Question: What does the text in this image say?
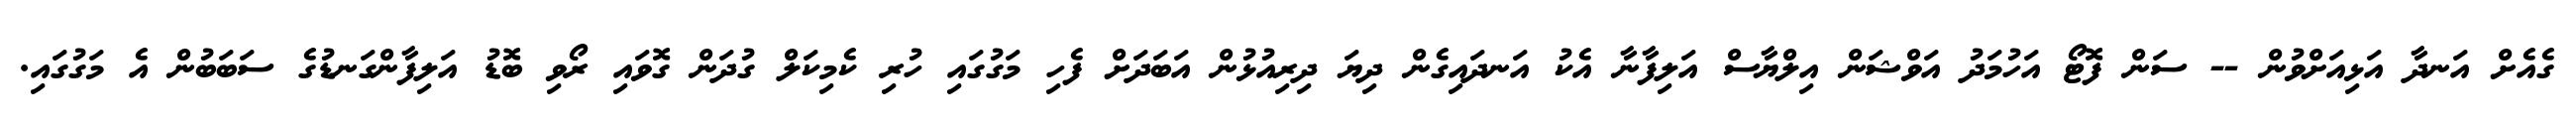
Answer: ގެއެށް އަނދާ އަޅިއަށްވުން -- ސަން ފޮޓޯ އަހުމަދު އަވްޝަން އިލްޔާސް އަލިފާނާ އެކު އަނދައިގެން ދިޔަ ދިރިއުޅުން އަބަދަށް ފެހި މަގުގައި ހުރި ކެމިކަލް ގުދަން ގޮވައި ރޯވި ބޮޑު އަލިފާންގަނޑުގެ ސަބަބުން އެ މަގުގައި.